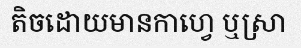
តិចដោយមានកាហ្វេ ឬស្រា